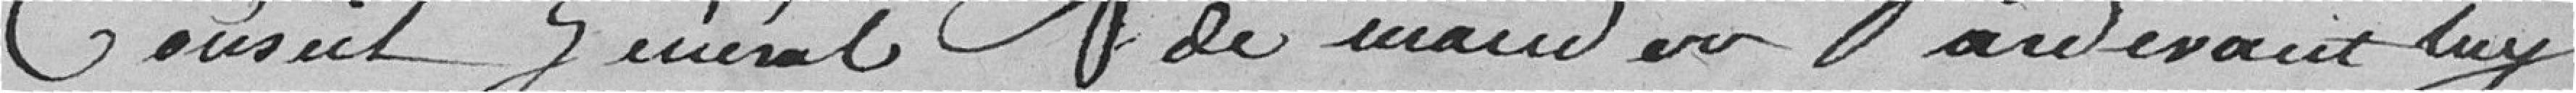
Conseil Général demandera Pardevant  luy